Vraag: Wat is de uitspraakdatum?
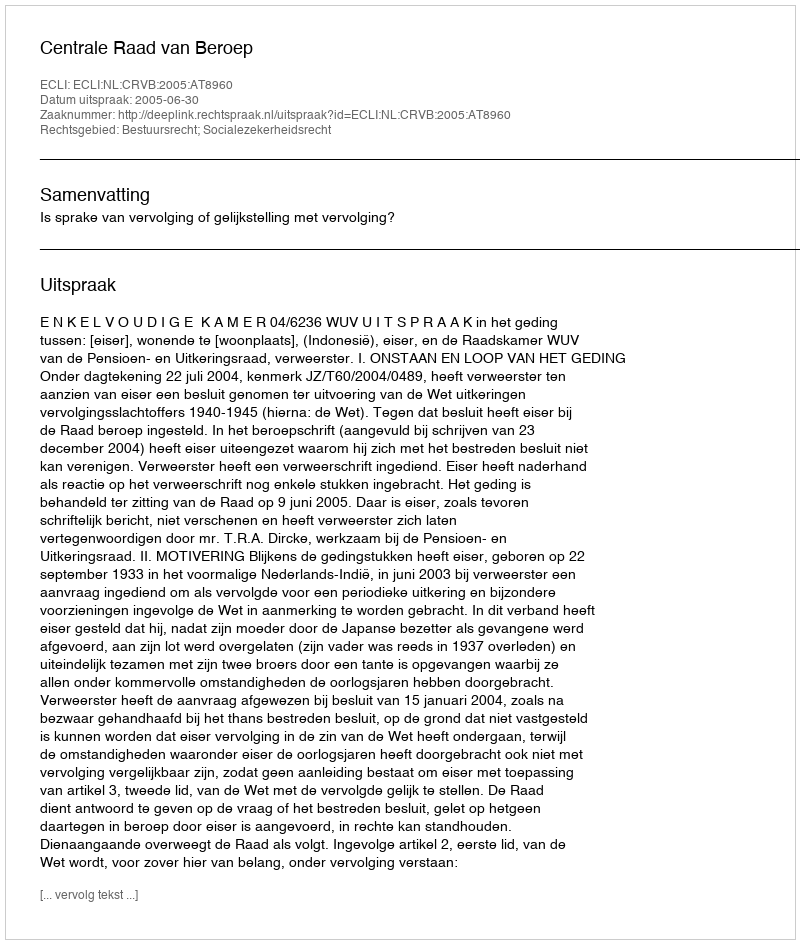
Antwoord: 2005-06-30